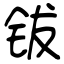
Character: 钹